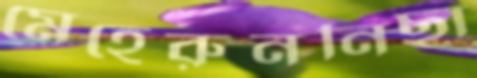
মেহেরুননিছা